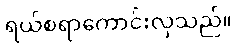
ရယ်စရာကောင်းလှသည်။